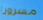
مسرورا